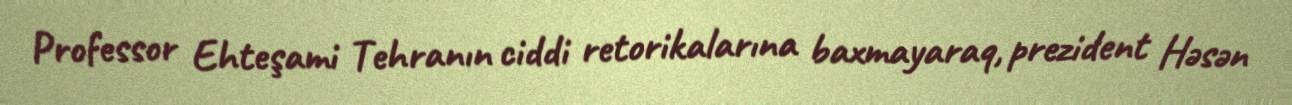
Professor Ehteşami Tehranın ciddi retorikalarına baxmayaraq, prezident Həsən